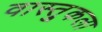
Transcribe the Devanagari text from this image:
वास्तु्कला